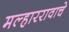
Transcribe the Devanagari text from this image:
मल्हाररावाचे